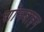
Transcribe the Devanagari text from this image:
शॉनबाइन